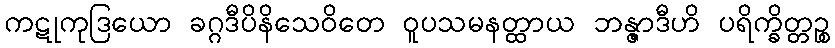
ကဋုကုဒြယော ခဂ္ဂဒီပိနိသေဝိတေ ဝူပသမနတ္ထာယ ဘန္ဇာဒီဟိ ပရိက္ခိတ္တဉ္စ